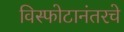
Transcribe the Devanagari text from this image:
विस्फोटानंतरचे